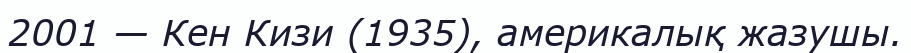
2001 — Кен Кизи (1935), америкалық жазушы.